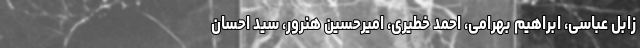
زابل عباسی، ابراهیم بهرامی، احمد خطیری، امیرحسین هنرور، سید احسان